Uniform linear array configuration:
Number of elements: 8
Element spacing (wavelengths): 0.25
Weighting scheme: hann
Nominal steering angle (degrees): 0
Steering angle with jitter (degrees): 1.958
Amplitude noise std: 0.05
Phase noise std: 0.05

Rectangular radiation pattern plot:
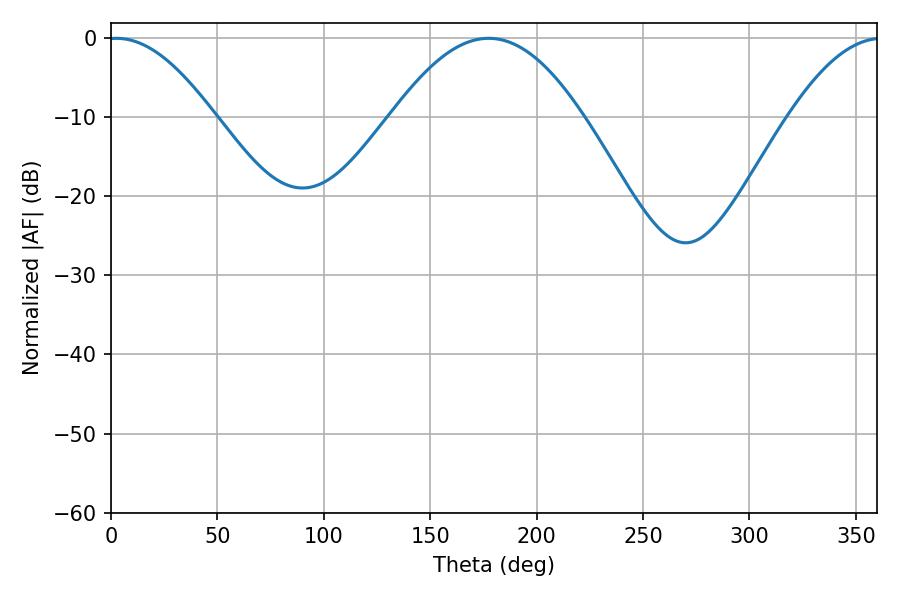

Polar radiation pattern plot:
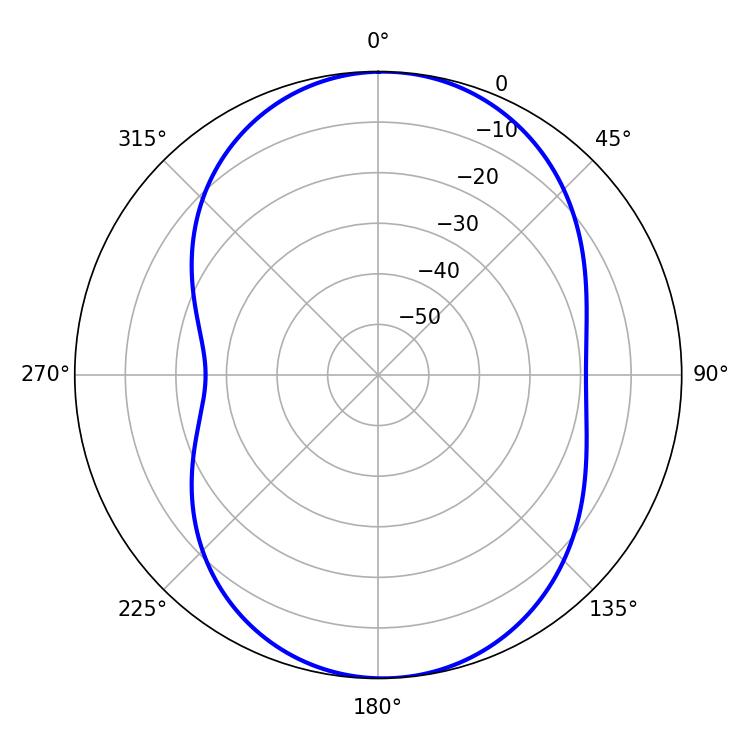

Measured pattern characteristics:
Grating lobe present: FALSE
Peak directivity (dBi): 12.805
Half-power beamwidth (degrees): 27.18
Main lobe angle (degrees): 2.52